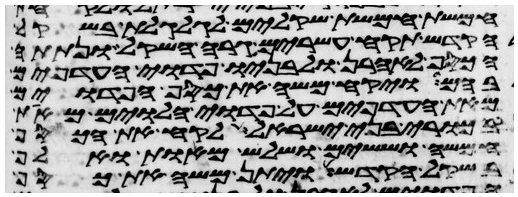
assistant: חמשת חמשת שקלים לגלגלת בשקל
הקדש תקח עשרים גרה השקל ונתתה
הכסף לאהרן ולבניו פדוי העדפים
בהם ויקח משה את כסף הפדוים
מאת העדפים על פדוי הלוים מאת
בכורי בני ישראל לקח את הכסף
חמשה וששים ושלש מאות ואלף
בשקל הקדש ויתן משה את כסף